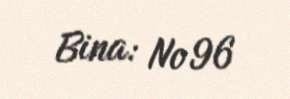
Bina: № 96